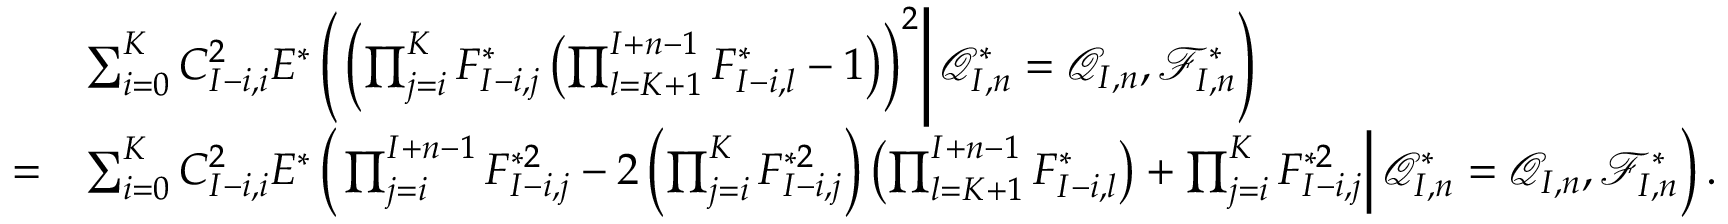
\begin{array} { r l } & { \sum _ { i = 0 } ^ { K } C _ { I - i , i } ^ { 2 } E ^ { * } \left( \left. \left( \prod _ { j = i } ^ { K } F _ { I - i , j } ^ { * } \left( \prod _ { l = K + 1 } ^ { I + n - 1 } F _ { I - i , l } ^ { * } - 1 \right) \right) ^ { 2 } \right| \mathcal { Q } _ { I , n } ^ { * } = \mathcal { Q } _ { I , n } , \mathcal { F } _ { I , n } ^ { * } \right) } \\ { = } & { \sum _ { i = 0 } ^ { K } C _ { I - i , i } ^ { 2 } E ^ { * } \left( \left. \prod _ { j = i } ^ { I + n - 1 } F _ { I - i , j } ^ { * 2 } - 2 \left( \prod _ { j = i } ^ { K } F _ { I - i , j } ^ { * 2 } \right) \left( \prod _ { l = K + 1 } ^ { I + n - 1 } F _ { I - i , l } ^ { * } \right) + \prod _ { j = i } ^ { K } F _ { I - i , j } ^ { * 2 } \right| \mathcal { Q } _ { I , n } ^ { * } = \mathcal { Q } _ { I , n } , \mathcal { F } _ { I , n } ^ { * } \right) . } \end{array}